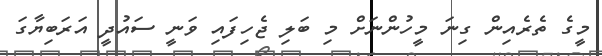
މީގެ ތެރެއިން ގިނަ މީހުންނަށް މި ބަލި ޖެހިފައި ވަނީ ސައުދީ އަރަބިޔާގަ